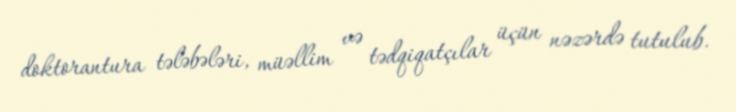
doktorantura tələbələri, müəllim və tədqiqatçılar üçün nəzərdə tutulub.